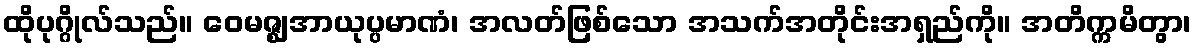
ထိုပုဂ္ဂိုလ်သည်။ ဝေမဇ္ဈအာယုပ္ပမာဏံ၊ အလတ်ဖြစ်သော အသက်အတိုင်းအရှည်ကို။ အတိက္ကမိတွာ၊